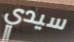
سيدي